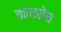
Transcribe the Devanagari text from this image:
काकतेय